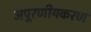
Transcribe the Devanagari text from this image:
अपूरणीयकरण